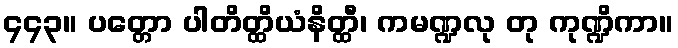
၄၄၃။ ပတ္တော ပါတိတ္ထိယံနိတ္ထီ၊ ကမဏ္ဍလု တု ကုဏ္ဍိကာ။